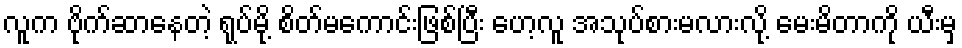
လူက ဗိုက်ဆာနေတဲ့ ရုပ်မို့ စိတ်မကောင်းဖြစ်ပြီး ဟေ့လူ အသုပ်စားမလားလို့ မေးမိတာကို ယီးမှ